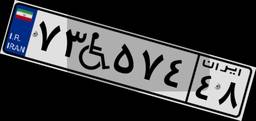
۷۳W۵۷۴۴۸